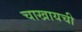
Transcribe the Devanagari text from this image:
चाखायची